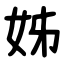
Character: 姊